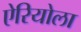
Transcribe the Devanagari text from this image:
ऐरियोला